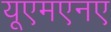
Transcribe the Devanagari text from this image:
यूएमएनए